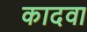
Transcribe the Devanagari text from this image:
कादवा